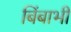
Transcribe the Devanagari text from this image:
बिंबाभी